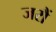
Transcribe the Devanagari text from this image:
जरौं